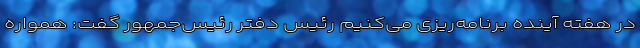
در هفته آینده برنامه‌ریزی می‌کنیم رئیس دفتر رئیس‌جمهور گفت: همواره